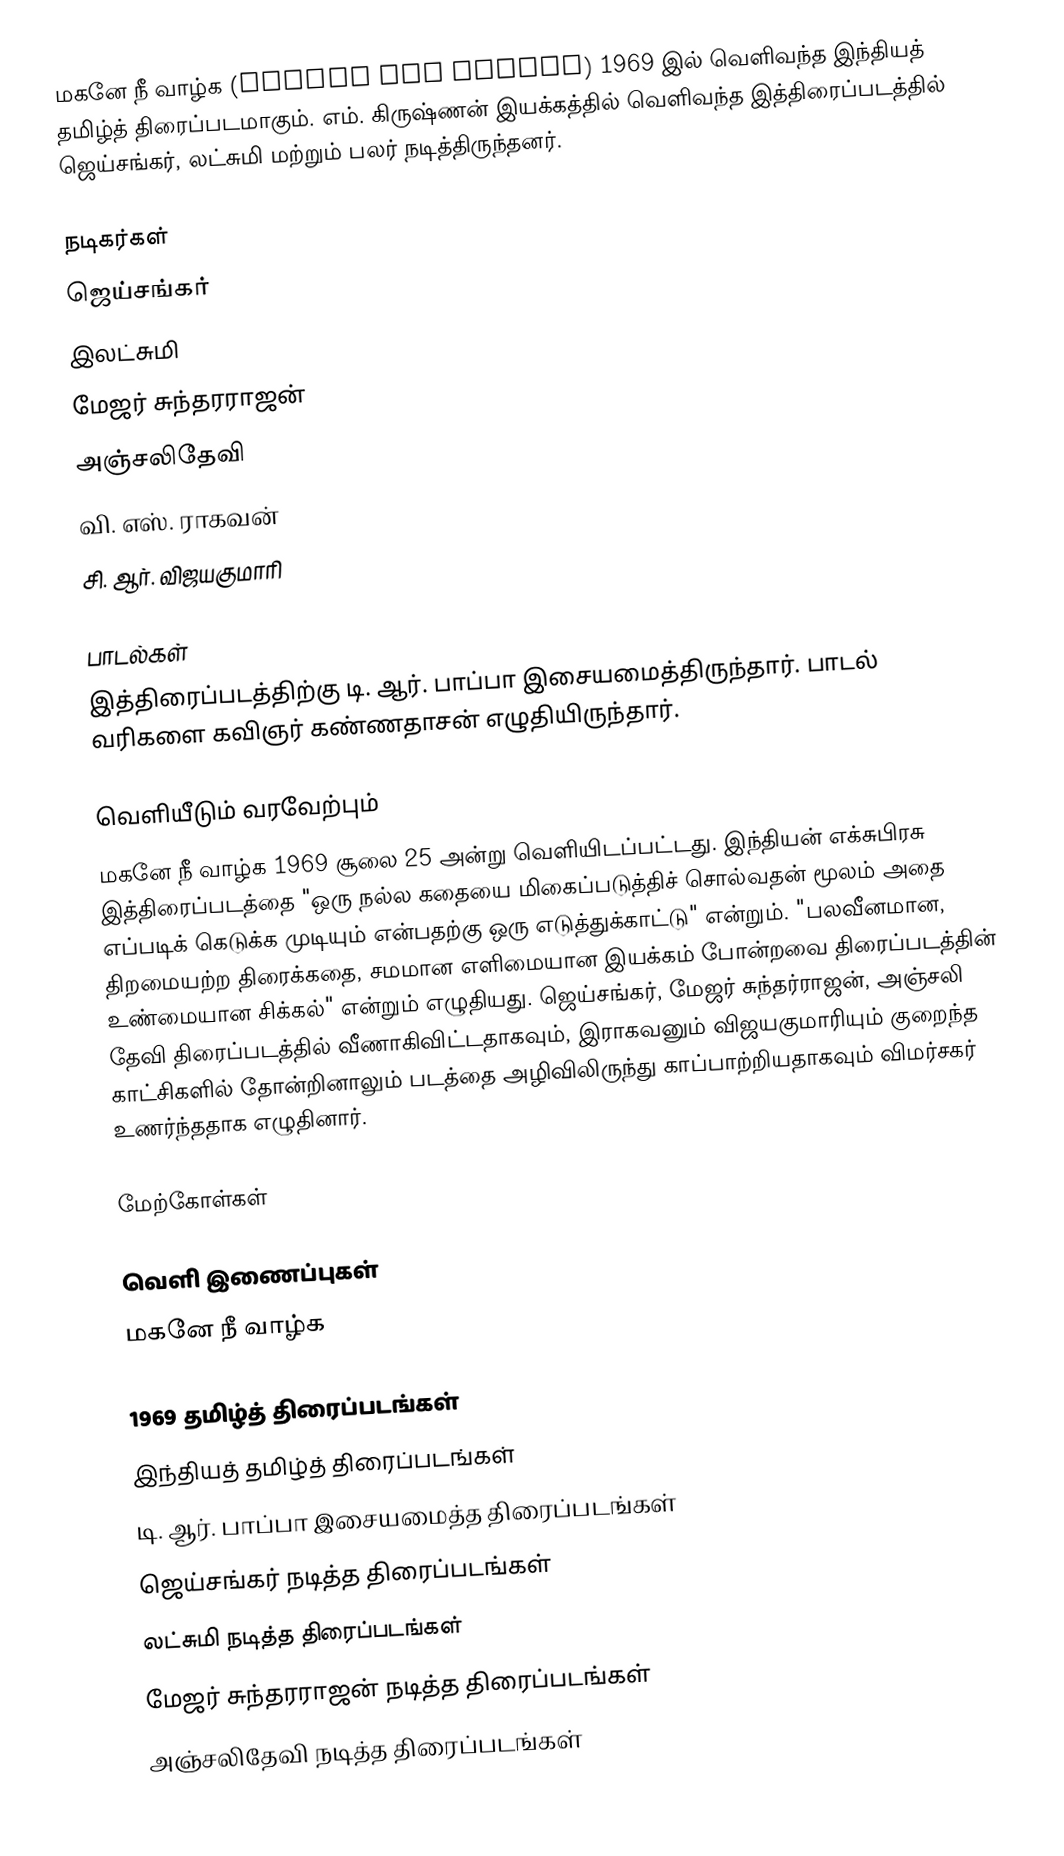
மகனே நீ வாழ்க (Magane Nee Vazhga) 1969 இல் வெளிவந்த இந்தியத் தமிழ்த் திரைப்படமாகும். எம். கிருஷ்ணன் இயக்கத்தில் வெளிவந்த இத்திரைப்படத்தில் ஜெய்சங்கர், லட்சுமி மற்றும் பலர் நடித்திருந்தனர்.

நடிகர்கள்
 ஜெய்சங்கர்
 இலட்சுமி
 மேஜர் சுந்தரராஜன்
 அஞ்சலிதேவி
 வி. எஸ். ராகவன்
 சி. ஆர். விஜயகுமாரி

பாடல்கள்
இத்திரைப்படத்திற்கு டி. ஆர். பாப்பா இசையமைத்திருந்தார். பாடல் வரிகளை கவிஞர் கண்ணதாசன் எழுதியிருந்தார்.

வெளியீடும் வரவேற்பும்
மகனே நீ வாழ்க 1969 சூலை 25 அன்று வெளியிடப்பட்டது. இந்தியன் எக்சுபிரசு இத்திரைப்படத்தை "ஒரு நல்ல கதையை மிகைப்படுத்திச் சொல்வதன் மூலம் அதை எப்படிக் கெடுக்க முடியும் என்பதற்கு ஒரு எடுத்துக்காட்டு" என்றும்.  "பலவீனமான, திறமையற்ற திரைக்கதை, சமமான எளிமையான இயக்கம் போன்றவை திரைப்படத்தின் உண்மையான சிக்கல்" என்றும் எழுதியது. ஜெய்சங்கர், மேஜர் சுந்தர்ராஜன், அஞ்சலி தேவி திரைப்படத்தில் வீணாகிவிட்டதாகவும், இராகவனும் விஜயகுமாரியும் குறைந்த காட்சிகளில் தோன்றினாலும் படத்தை அழிவிலிருந்து காப்பாற்றியதாகவும் விமர்சகர் உணர்ந்ததாக எழுதினார்.

மேற்கோள்கள்

வெளி இணைப்புகள்
 மகனே நீ வாழ்க

1969 தமிழ்த் திரைப்படங்கள்
இந்தியத் தமிழ்த் திரைப்படங்கள்
டி. ஆர். பாப்பா இசையமைத்த திரைப்படங்கள்
ஜெய்சங்கர் நடித்த திரைப்படங்கள்
லட்சுமி நடித்த திரைப்படங்கள்
மேஜர் சுந்தரராஜன் நடித்த திரைப்படங்கள்
அஞ்சலிதேவி நடித்த திரைப்படங்கள்